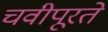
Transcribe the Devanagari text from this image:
चवीपूरते